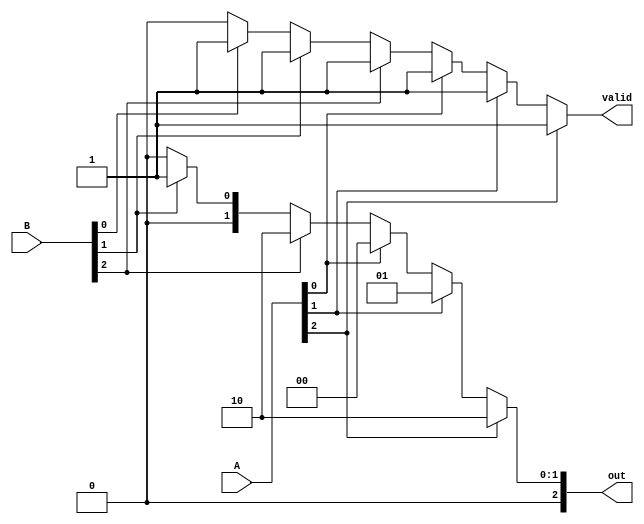
module dual_priority_encoder (
    input wire [2:0] A, // Set A inputs: A0, A1, A2
    input wire [2:0] B, // Set B inputs: B0, B1, B2
    output reg [2:0] out, // 3-bit output for the index of the highest priority active input
    output reg valid // Validity output
);

always @(*) begin
    // Initialize outputs
    out = 3'b000; // Default output
    valid = 1'b0; // Default validity

    // Check Set A first (higher priority)
    if (A[2]) begin
        out = 3'b010; // A2 is active
        valid = 1'b1;
    end else if (A[1]) begin
        out = 3'b001; // A1 is active
        valid = 1'b1;
    end else if (A[0]) begin
        out = 3'b000; // A0 is active
        valid = 1'b1;
    end 
    // If no active inputs in Set A, check Set B
    else if (B[2]) begin
        out = 3'b010; // B2 is active
        valid = 1'b1;
    end else if (B[1]) begin
        out = 3'b001; // B1 is active
        valid = 1'b1;
    end else if (B[0]) begin
        out = 3'b000; // B0 is active
        valid = 1'b1;
    end
end

endmodule